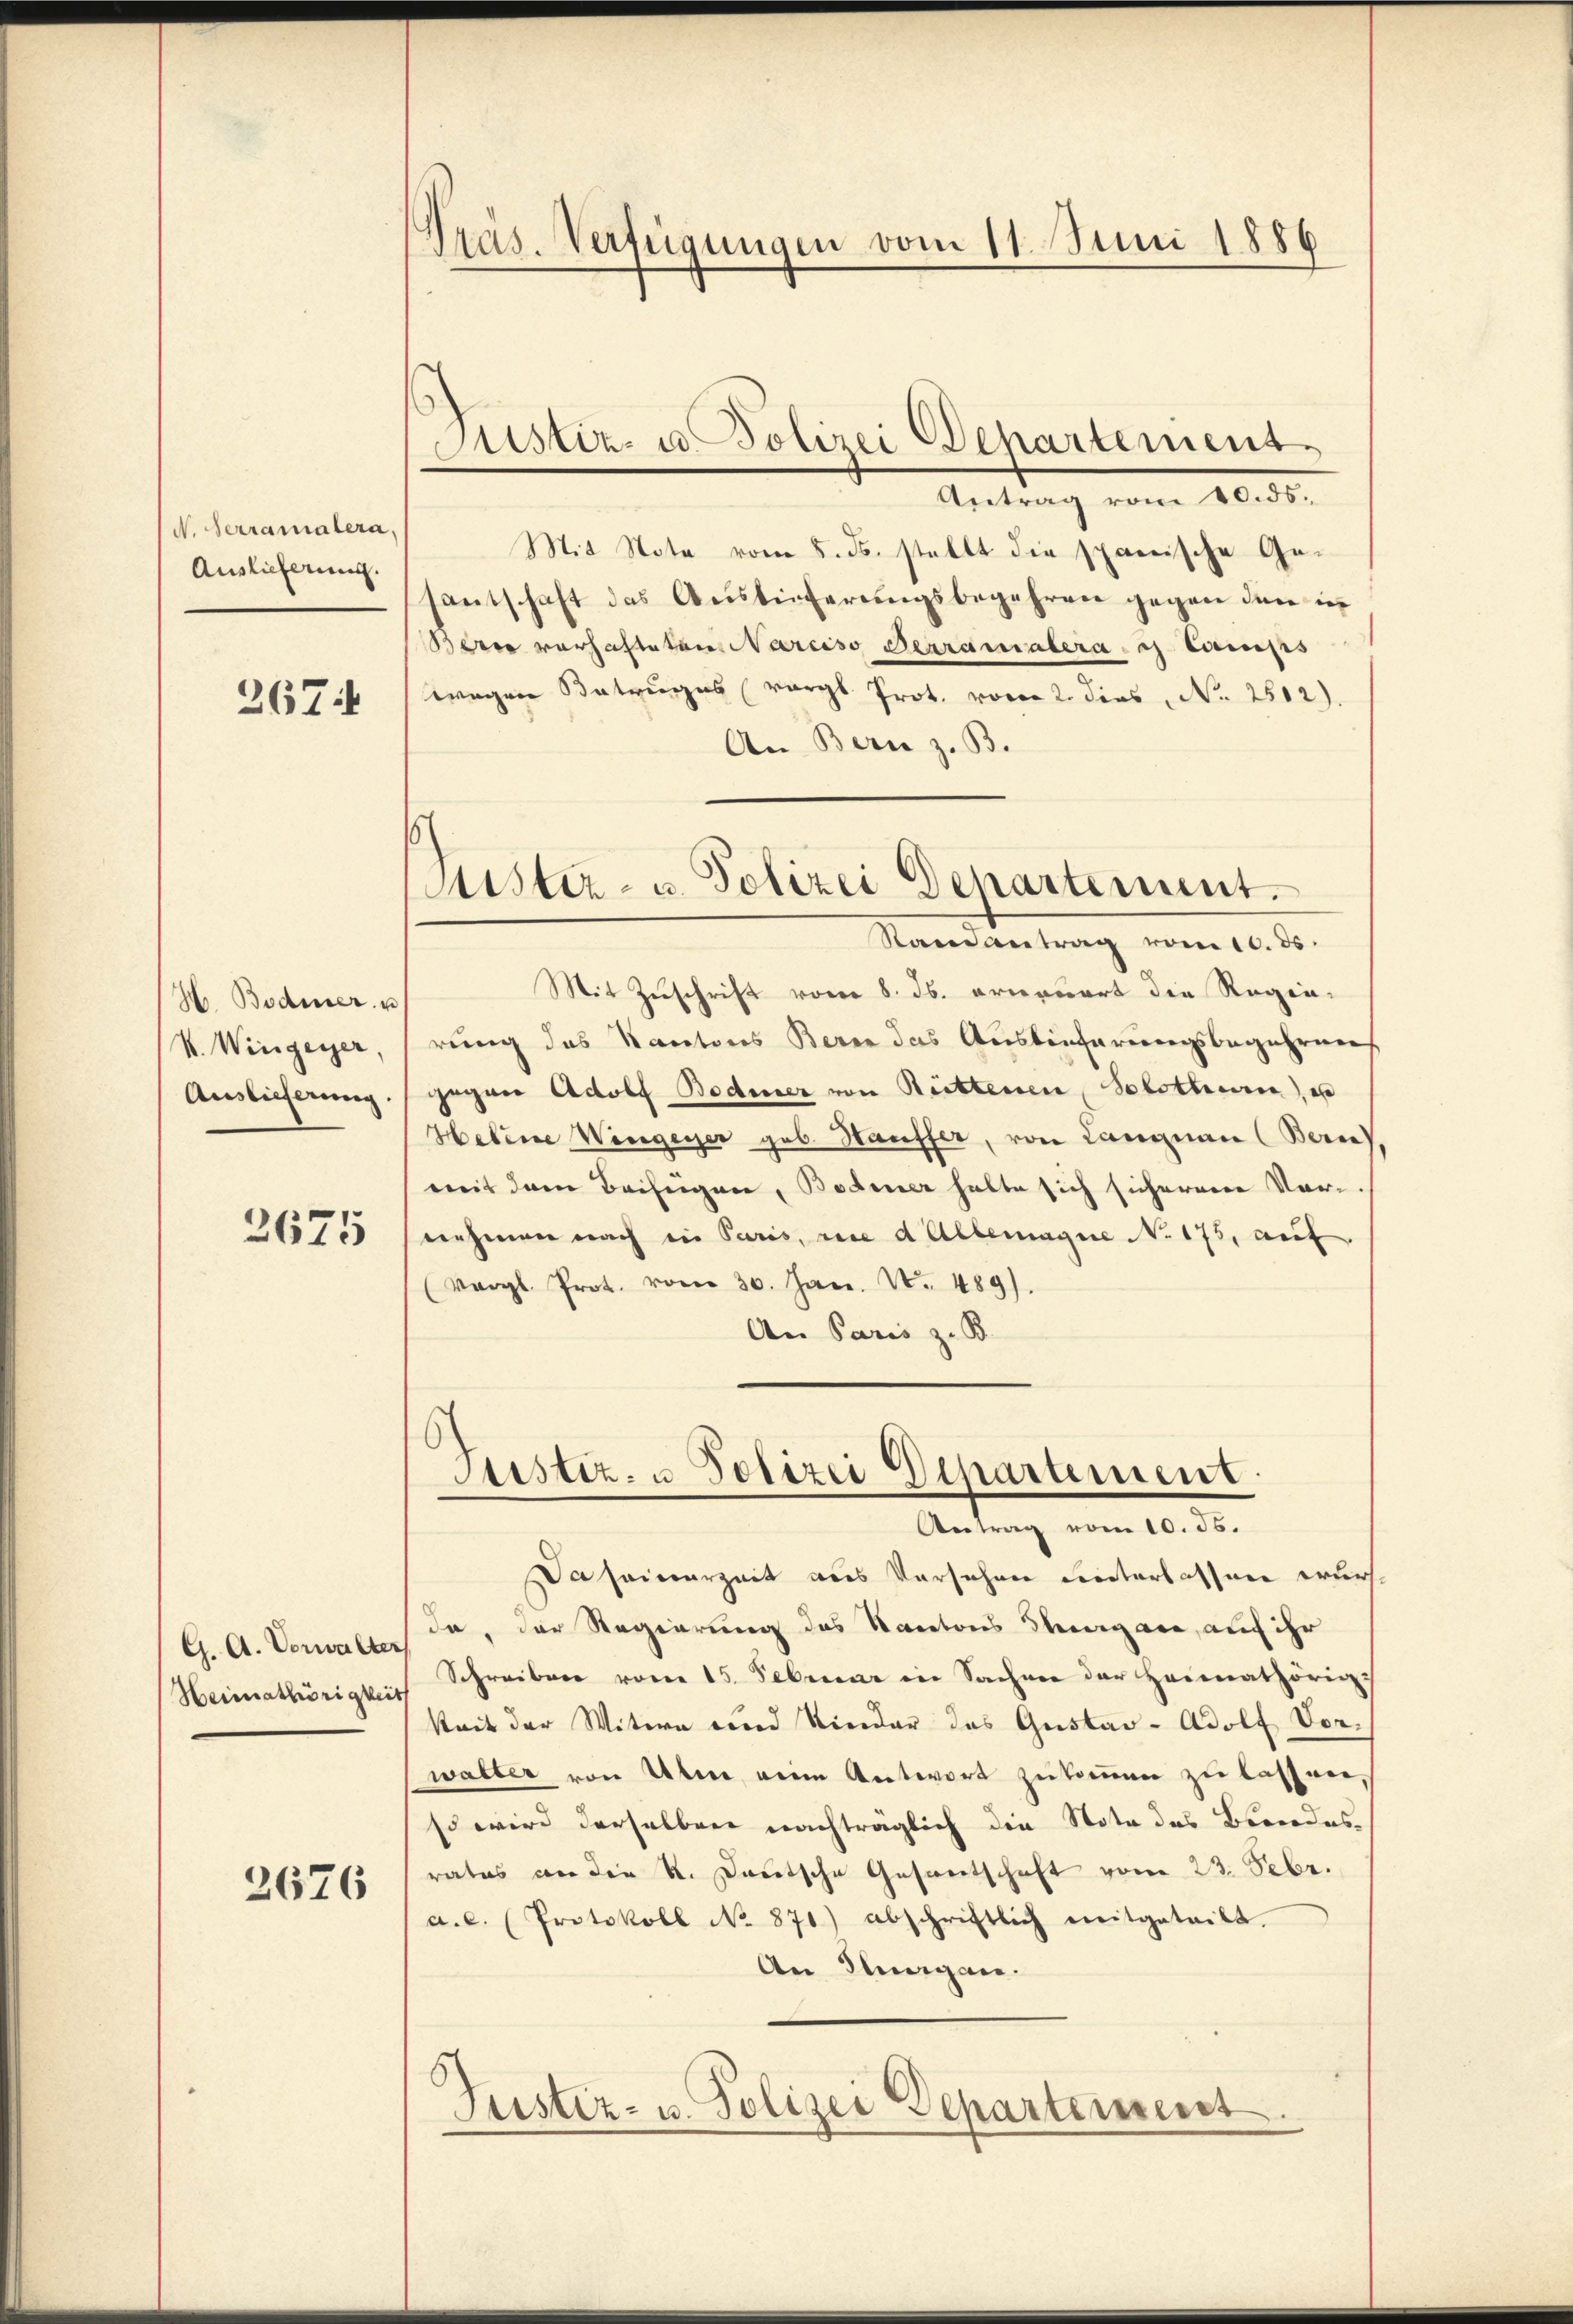
N. Herramatera,
Auslieferung.

267:

H. Bodmer u
V. Wingerer,
Auslieferung.

2675

G. A. Vorwalter
Heimathörigkei

2676

Präs. Verfügungen vom 11. Juni 1886

Sistiz- u. Polizei Departement

s
Sistiz- u. Polizei Departement.
Randantrag vom 10. ds.

Antrag vom 10. ds.
Mit Note vom 5. ds. stellt die spanische Gesantschaft das Ansteigerŭngsbegehren gegen dien in
Berce vorhafteten Narciso Terranalera. g. Camps
wegen Satzuges vergl. Prot. voren 2. dies, No. 2502).
An Bern z. B.
Mit Zuschrift vom 8. ds. ererwort die Regierung des Kantons Berne das Auslieferungsbegehren
gegen Adolf Bodmer von Reittenen, Solothurn, es
Hebene Weigener geb. Hauffer, von Langnau (Bern)
mit dem Beifügen, Bodmer halte sich sicheren Vornehmen nach in Paris, vice d Allemagne No. 175, auf
(vergl. Prot. vom 30. Jan. N. 489).
An Paris z. B.

1
Justiz- u. Polizei Departement.
Antrag vom 10. ds.

Daseinerzeit aus Versehen Leiterlassen wurd
da, der Regierung des Kantons Thurgane, auf ihr
Schreiben vom 15. Februar in Sache der Heimathörig
keit der Witwe und Kinder das Gustav-Adolf Vorwalter von Ulm eine Antwort zukommen zu lassenso wird derselben nachträglich die Note des Beendesrates an die K. Deutsche Gesantschaft vom 23. Febr.
a.c. (Protokoll No 871) abschriftlich mitgeteilt.
An Klagen.
Justiz- u. Polizei Departement